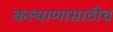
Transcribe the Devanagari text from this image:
कल्याणासाठीच